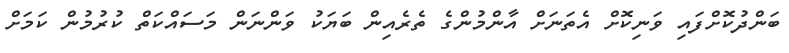
ބަންދުކޮށްފައި ވަނިކޮށް އެތަނަށް އާންމުންގެ ތެރެއިން ބަޔަކު ވަންނަން މަސައްކަތް ކުރުމުން ކަމަށް